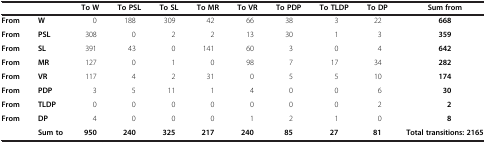
<table><thead><tr><td><b> </b></td><td><b> </b></td><td><b>To W</b></td><td><b>To PSL</b></td><td><b>To SL</b></td><td><b>To MR</b></td><td><b>To VR</b></td><td><b>To PDP</b></td><td><b>To TLDP</b></td><td><b>To DP</b></td><td><b>Sum from</b></td></tr></thead><tbody><tr><td><b>From</b></td><td><b>W</b></td><td>0</td><td>188</td><td>309</td><td>42</td><td>66</td><td>38</td><td>3</td><td>22</td><td><b>668</b></td></tr><tr><td><b>From</b></td><td><b>PSL</b></td><td>308</td><td>0</td><td>2</td><td>2</td><td>13</td><td>30</td><td>1</td><td>3</td><td><b>359</b></td></tr><tr><td><b>From</b></td><td><b>SL</b></td><td>391</td><td>43</td><td>0</td><td>141</td><td>60</td><td>3</td><td>0</td><td>4</td><td><b>642</b></td></tr><tr><td><b>From</b></td><td><b>MR</b></td><td>127</td><td>0</td><td>1</td><td>0</td><td>98</td><td>7</td><td>17</td><td>34</td><td><b>282</b></td></tr><tr><td><b>From</b></td><td><b>VR</b></td><td>117</td><td>4</td><td>2</td><td>31</td><td>0</td><td>5</td><td>5</td><td>10</td><td><b>174</b></td></tr><tr><td><b>From</b></td><td><b>PDP</b></td><td>3</td><td>5</td><td>11</td><td>1</td><td>4</td><td>0</td><td>0</td><td>6</td><td><b>30</b></td></tr><tr><td><b>From</b></td><td><b>TLDP</b></td><td>0</td><td>0</td><td>0</td><td>0</td><td>0</td><td>0</td><td>0</td><td>2</td><td><b>2</b></td></tr><tr><td><b>From</b></td><td><b>DP</b></td><td>4</td><td>0</td><td>0</td><td>0</td><td>1</td><td>2</td><td>1</td><td>0</td><td><b>8</b></td></tr><tr><td> </td><td><b>Sum to</b></td><td><b>950</b></td><td><b>240</b></td><td><b>325</b></td><td><b>217</b></td><td><b>240</b></td><td><b>85</b></td><td><b>27</b></td><td><b>81</b></td><td><b>Total transitions: 2165</b></td></tr></tbody></table>